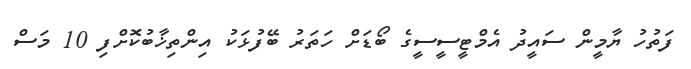
ފަތުހު ޔާމީން ސައީދު އެމްޓީސީސީގެ ބޯޑަށް ހަތަރު ބޭފުޅަކު އިންތިޚާބުކޮށްފި 10 މަސް